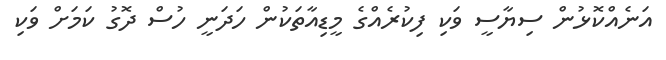
އަނެއްކޮޅުން ސިޔާސީ ވަކި ފިކުރެއްގެ މީޑިއާތަކުން ހަދަނީ ހުސް ދޮގު ކަމަށް ވަކި